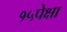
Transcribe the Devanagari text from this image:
१५पेक्षा